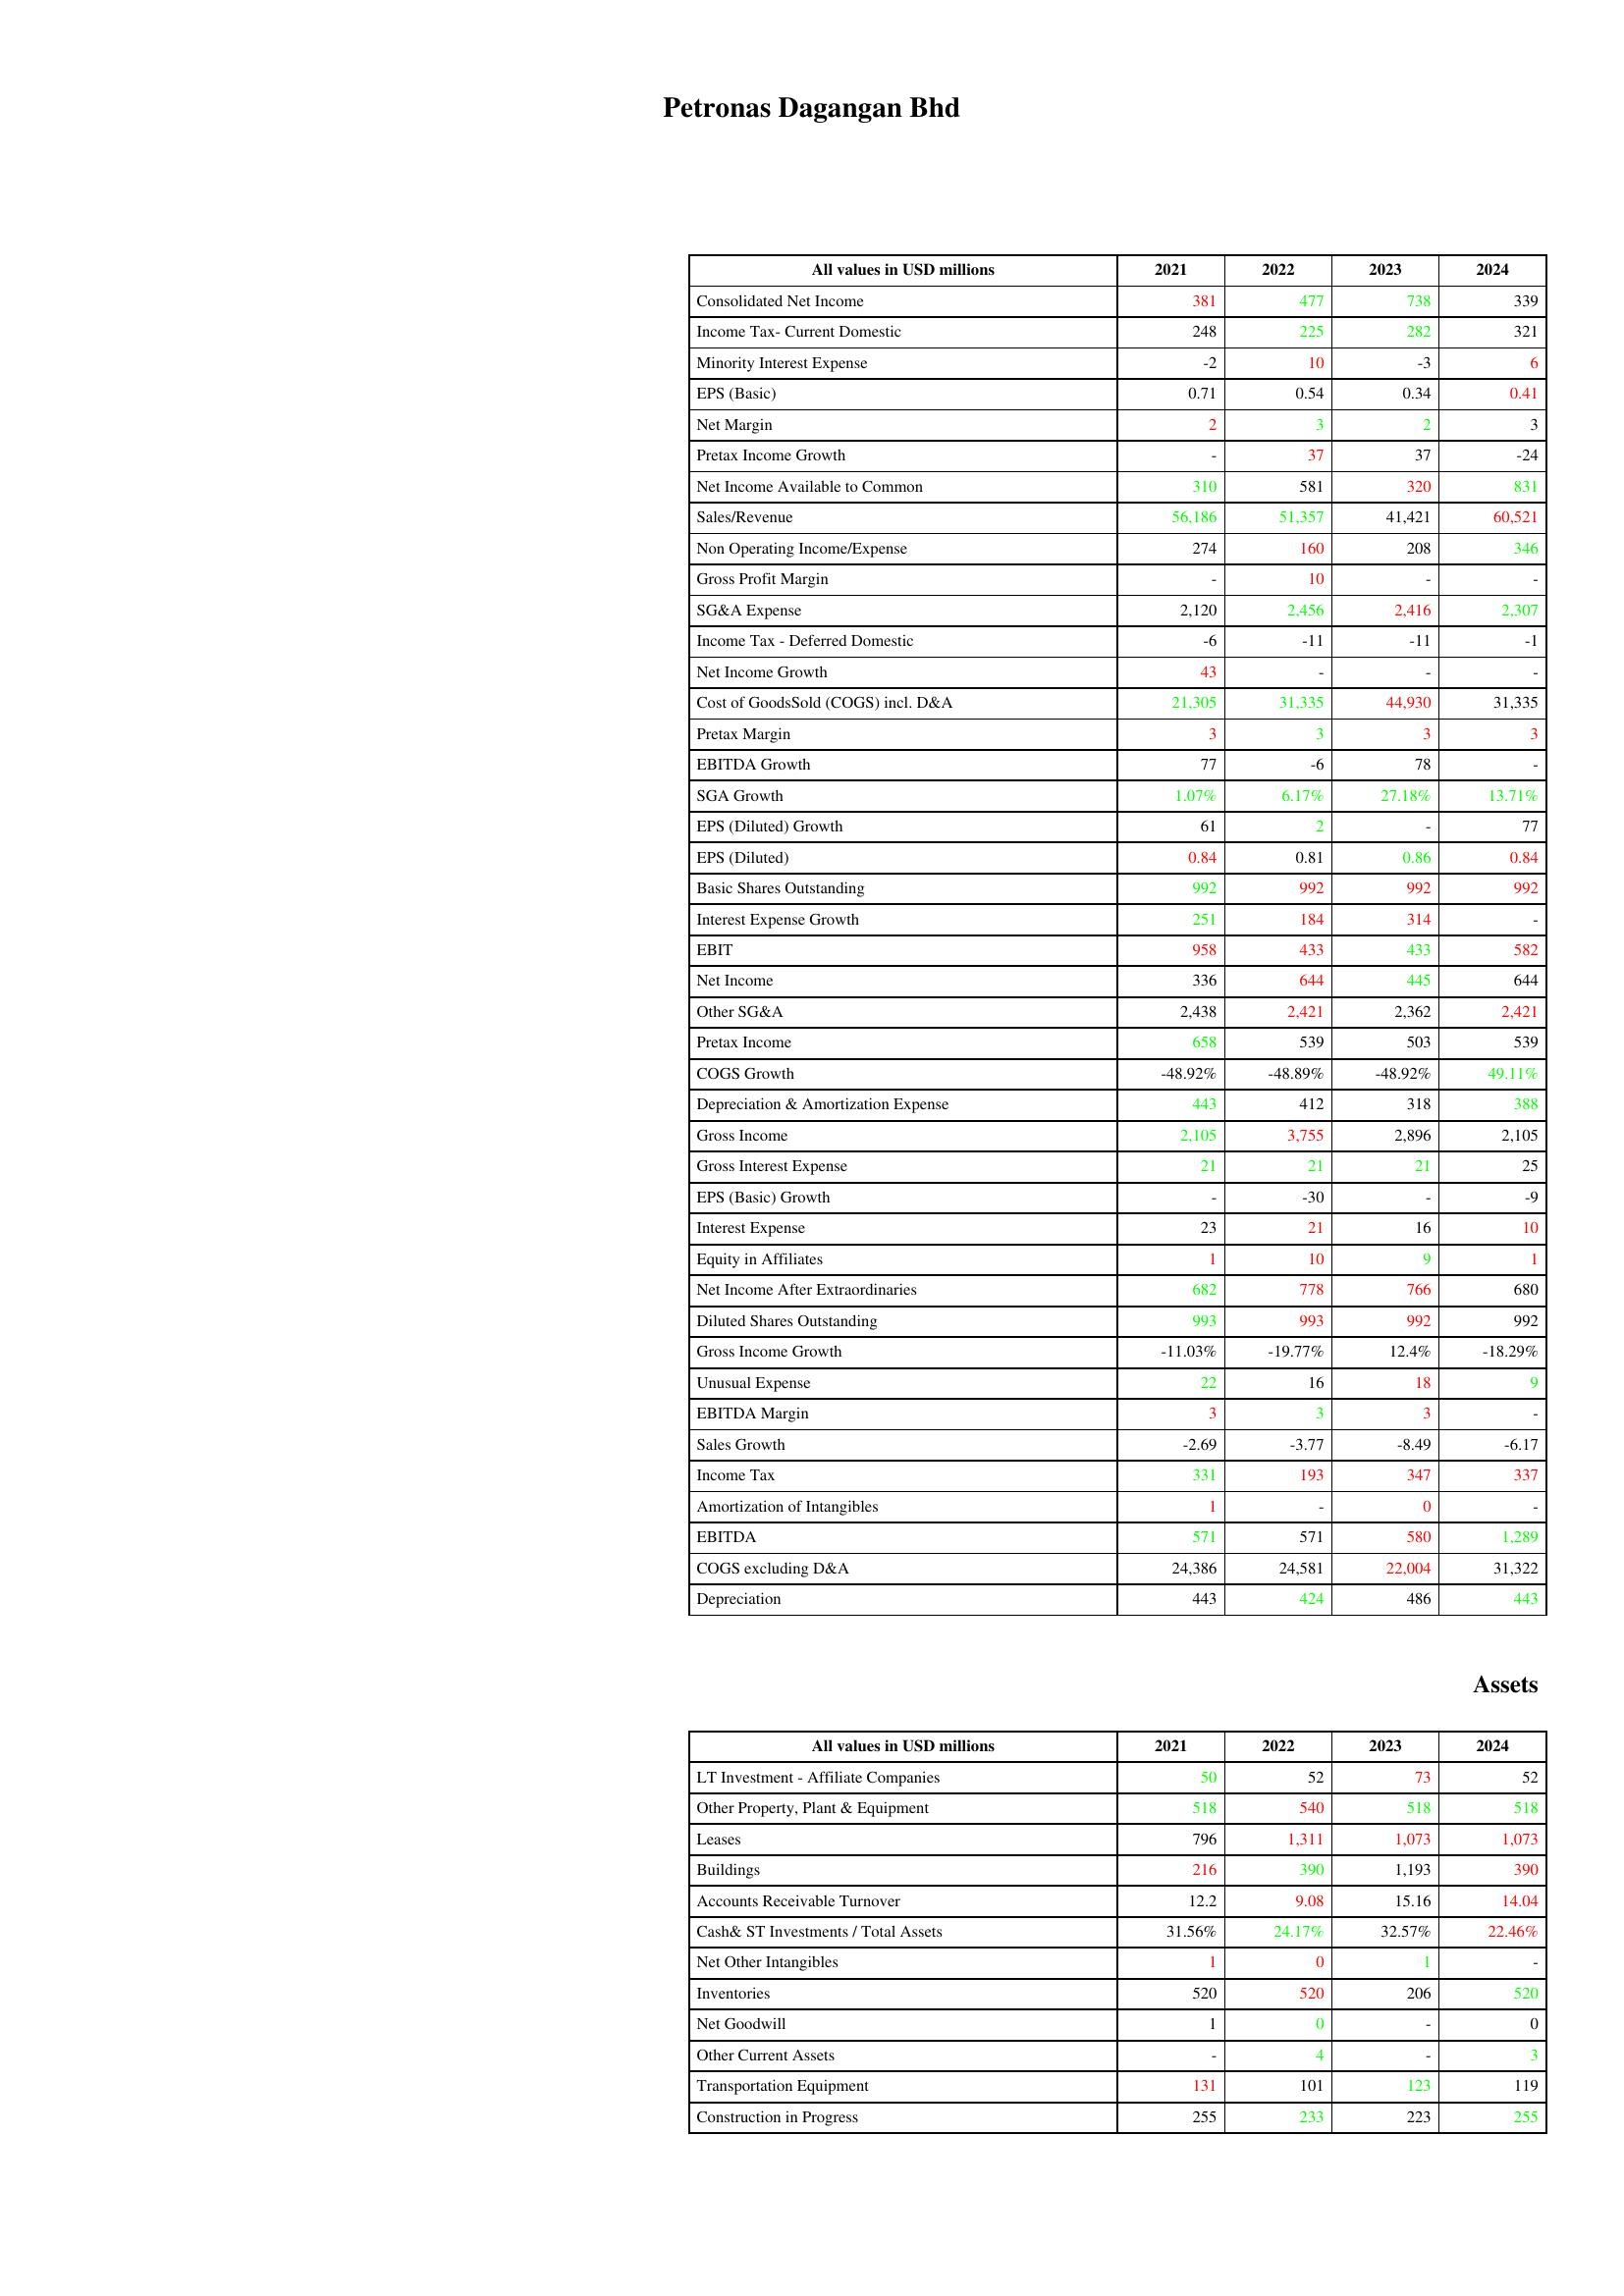
gt_parse: 2021: : Consolidated Net Income: 381
Income Tax- Current Domestic: 248
Minority Interest Expense: -2
EPS (Basic): 0.71
Net Margin: 2
Pretax Income Growth: -
Net Income Available to Common: 310
Sales/Revenue: 56,186
Non Operating Income/Expense: 274
Gross Profit Margin: -
SG&A Expense: 2,120
Income Tax - Deferred Domestic: -6
Net Income Growth: 43
Cost of GoodsSold (COGS) incl. D&A: 21,305
Pretax Margin: 3
EBITDA Growth: 77
SGA Growth: 1.07%
EPS (Diluted) Growth: 61
EPS (Diluted): 0.84
Basic Shares Outstanding: 992
Interest Expense Growth: 251
EBIT: 958
Net Income: 336
Other SG&A: 2,438
Pretax Income: 658
COGS Growth: -48.92%
Depreciation & Amortization Expense: 443
Gross Income: 2,105
Gross Interest Expense: 21
EPS (Basic) Growth: -
Interest Expense: 23
Equity in Affiliates: 1
Net Income After Extraordinaries: 682
Diluted Shares Outstanding: 993
Gross Income Growth: -11.03%
Unusual Expense: 22
EBITDA Margin: 3
Sales Growth: -2.69
Income Tax: 331
Amortization of Intangibles: 1
EBITDA: 571
COGS excluding D&A: 24,386
Depreciation: 443
Assets: LT Investment - Affiliate Companies: 50
Other Property, Plant & Equipment: 518
Leases: 796
Buildings: 216
Accounts Receivable Turnover: 12.2
Cash& ST Investments / Total Assets: 31.56%
Net Other Intangibles: 1
Inventories: 520
Net Goodwill: 1
Other Current Assets: -
Transportation Equipment: 131
Construction in Progress: 255
2022: : Consolidated Net Income: 477
Income Tax- Current Domestic: 225
Minority Interest Expense: 10
EPS (Basic): 0.54
Net Margin: 3
Pretax Income Growth: 37
Net Income Available to Common: 581
Sales/Revenue: 51,357
Non Operating Income/Expense: 160
Gross Profit Margin: 10
SG&A Expense: 2,456
Income Tax - Deferred Domestic: -11
Net Income Growth: -
Cost of GoodsSold (COGS) incl. D&A: 31,335
Pretax Margin: 3
EBITDA Growth: -6
SGA Growth: 6.17%
EPS (Diluted) Growth: 2
EPS (Diluted): 0.81
Basic Shares Outstanding: 992
Interest Expense Growth: 184
EBIT: 433
Net Income: 644
Other SG&A: 2,421
Pretax Income: 539
COGS Growth: -48.89%
Depreciation & Amortization Expense: 412
Gross Income: 3,755
Gross Interest Expense: 21
EPS (Basic) Growth: -30
Interest Expense: 21
Equity in Affiliates: 10
Net Income After Extraordinaries: 778
Diluted Shares Outstanding: 993
Gross Income Growth: -19.77%
Unusual Expense: 16
EBITDA Margin: 3
Sales Growth: -3.77
Income Tax: 193
Amortization of Intangibles: -
EBITDA: 571
COGS excluding D&A: 24,581
Depreciation: 424
Assets: LT Investment - Affiliate Companies: 52
Other Property, Plant & Equipment: 540
Leases: 1,311
Buildings: 390
Accounts Receivable Turnover: 9.08
Cash& ST Investments / Total Assets: 24.17%
Net Other Intangibles: 0
Inventories: 520
Net Goodwill: 0
Other Current Assets: 4
Transportation Equipment: 101
Construction in Progress: 233
2023: : Consolidated Net Income: 738
Income Tax- Current Domestic: 282
Minority Interest Expense: -3
EPS (Basic): 0.34
Net Margin: 2
Pretax Income Growth: 37
Net Income Available to Common: 320
Sales/Revenue: 41,421
Non Operating Income/Expense: 208
Gross Profit Margin: -
SG&A Expense: 2,416
Income Tax - Deferred Domestic: -11
Net Income Growth: -
Cost of GoodsSold (COGS) incl. D&A: 44,930
Pretax Margin: 3
EBITDA Growth: 78
SGA Growth: 27.18%
EPS (Diluted) Growth: -
EPS (Diluted): 0.86
Basic Shares Outstanding: 992
Interest Expense Growth: 314
EBIT: 433
Net Income: 445
Other SG&A: 2,362
Pretax Income: 503
COGS Growth: -48.92%
Depreciation & Amortization Expense: 318
Gross Income: 2,896
Gross Interest Expense: 21
EPS (Basic) Growth: -
Interest Expense: 16
Equity in Affiliates: 9
Net Income After Extraordinaries: 766
Diluted Shares Outstanding: 992
Gross Income Growth: 12.4%
Unusual Expense: 18
EBITDA Margin: 3
Sales Growth: -8.49
Income Tax: 347
Amortization of Intangibles: 0
EBITDA: 580
COGS excluding D&A: 22,004
Depreciation: 486
Assets: LT Investment - Affiliate Companies: 73
Other Property, Plant & Equipment: 518
Leases: 1,073
Buildings: 1,193
Accounts Receivable Turnover: 15.16
Cash& ST Investments / Total Assets: 32.57%
Net Other Intangibles: 1
Inventories: 206
Net Goodwill: -
Other Current Assets: -
Transportation Equipment: 123
Construction in Progress: 223
2024: : Consolidated Net Income: 339
Income Tax- Current Domestic: 321
Minority Interest Expense: 6
EPS (Basic): 0.41
Net Margin: 3
Pretax Income Growth: -24
Net Income Available to Common: 831
Sales/Revenue: 60,521
Non Operating Income/Expense: 346
Gross Profit Margin: -
SG&A Expense: 2,307
Income Tax - Deferred Domestic: -1
Net Income Growth: -
Cost of GoodsSold (COGS) incl. D&A: 31,335
Pretax Margin: 3
EBITDA Growth: -
SGA Growth: 13.71%
EPS (Diluted) Growth: 77
EPS (Diluted): 0.84
Basic Shares Outstanding: 992
Interest Expense Growth: -
EBIT: 582
Net Income: 644
Other SG&A: 2,421
Pretax Income: 539
COGS Growth: 49.11%
Depreciation & Amortization Expense: 388
Gross Income: 2,105
Gross Interest Expense: 25
EPS (Basic) Growth: -9
Interest Expense: 10
Equity in Affiliates: 1
Net Income After Extraordinaries: 680
Diluted Shares Outstanding: 992
Gross Income Growth: -18.29%
Unusual Expense: 9
EBITDA Margin: -
Sales Growth: -6.17
Income Tax: 337
Amortization of Intangibles: -
EBITDA: 1,289
COGS excluding D&A: 31,322
Depreciation: 443
Assets: LT Investment - Affiliate Companies: 52
Other Property, Plant & Equipment: 518
Leases: 1,073
Buildings: 390
Accounts Receivable Turnover: 14.04
Cash& ST Investments / Total Assets: 22.46%
Net Other Intangibles: -
Inventories: 520
Net Goodwill: 0
Other Current Assets: 3
Transportation Equipment: 119
Construction in Progress: 255